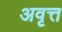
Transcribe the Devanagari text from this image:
अवृत्त